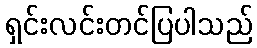
ရှင်းလင်းတင်ပြပါသည်